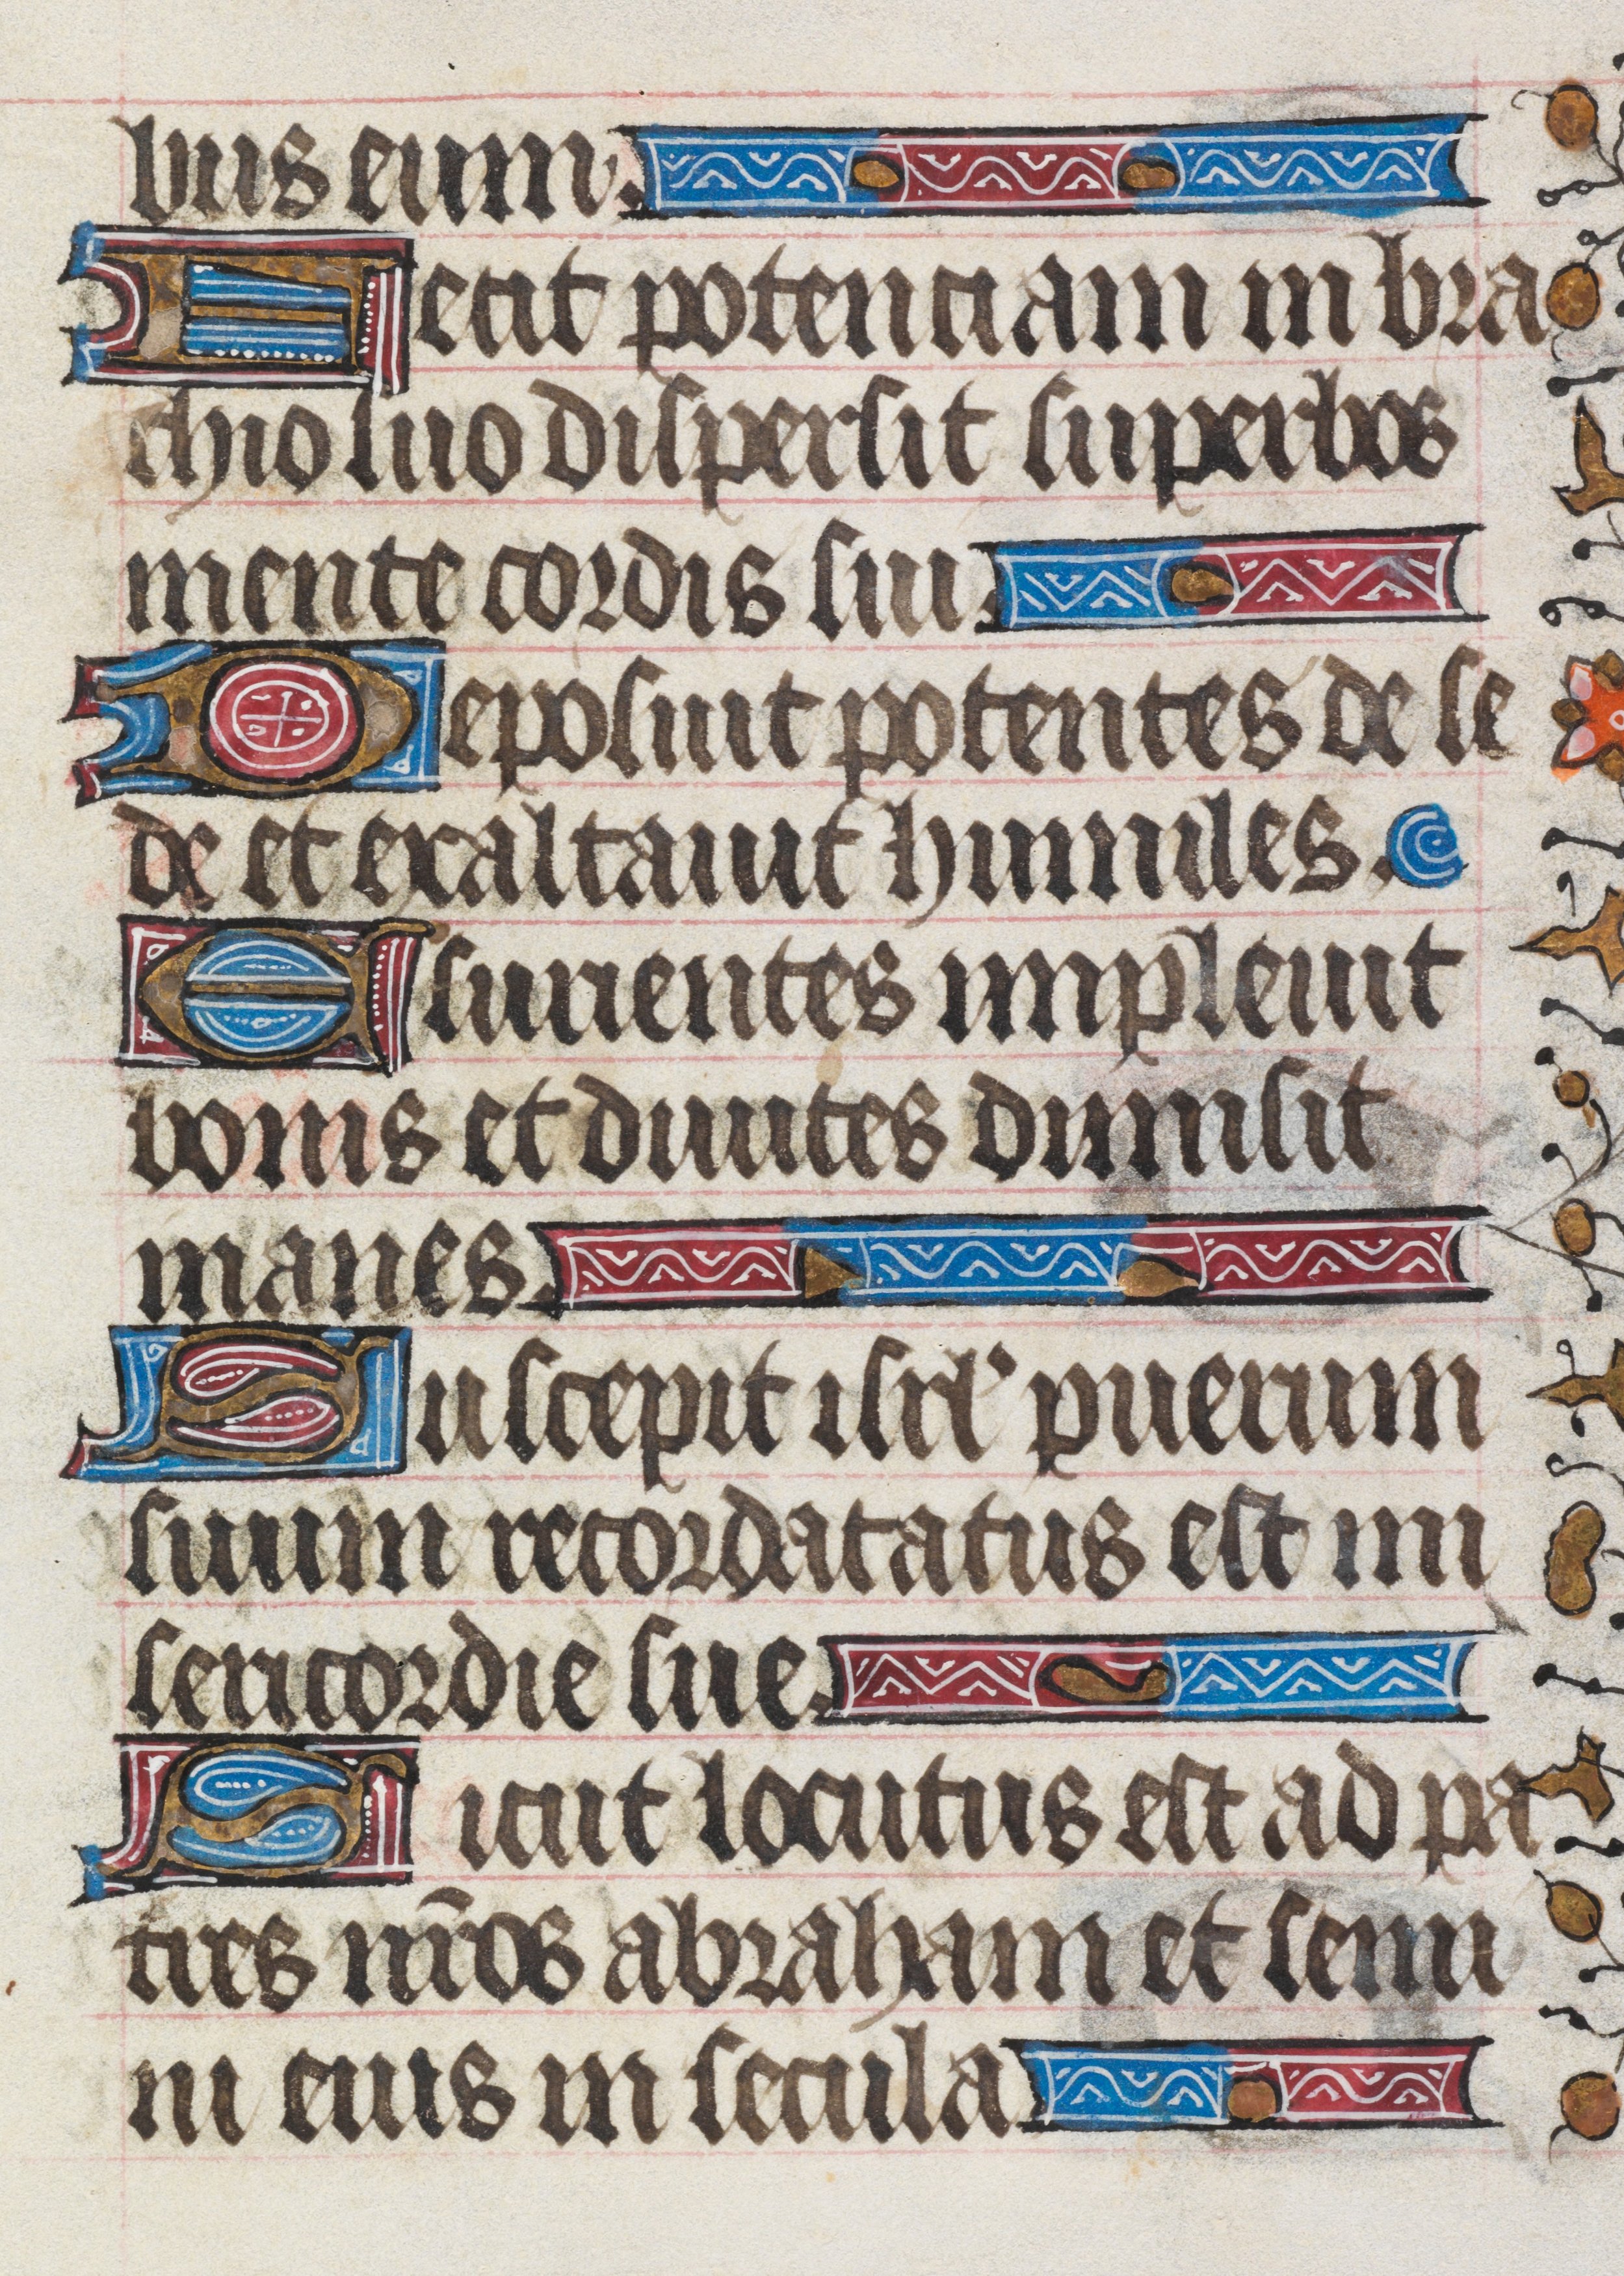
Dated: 1450–1499